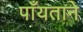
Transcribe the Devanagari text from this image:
पाँयताने